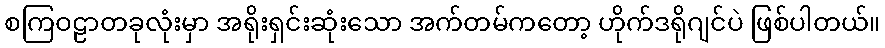
စကြဝဠာတခုလုံးမှာ အရိုးရှင်းဆုံးသော အက်တမ်ကတော့ ဟိုက်ဒရိုဂျင်ပဲ ဖြစ်ပါတယ်။